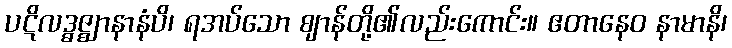
ပဋိလဒ္ဓဇ္ဈာနာနံပိ၊ ရအပ်သော ဈာန်တို့၏လည်းကောင်း။ ဧတာနေဝ နာမာနိ၊